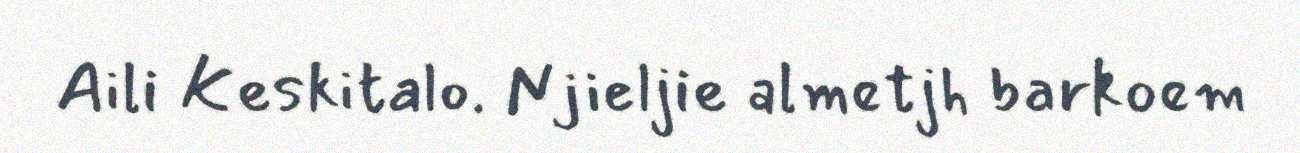
Aili Keskitalo. Njieljie almetjh barkoem